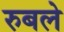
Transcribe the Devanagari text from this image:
रुबले